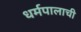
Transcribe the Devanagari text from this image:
धर्मपालाची